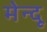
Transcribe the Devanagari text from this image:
मेन्दू